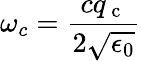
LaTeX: \omega_{c}=\frac{cq_{\mathrm{~c~}}}{2\sqrt{\epsilon_{0}}}